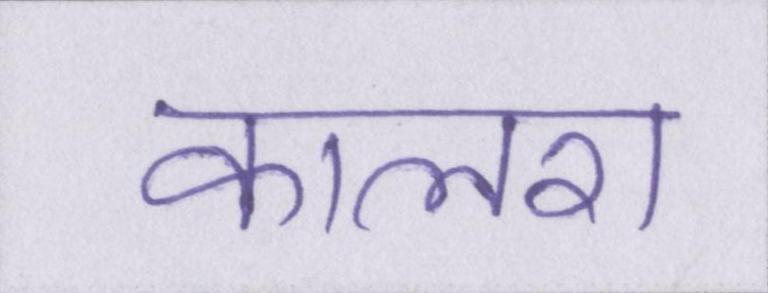
कालरा